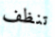
تنظف